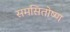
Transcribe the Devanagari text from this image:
समसितोष्ण